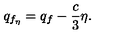
q _ { f _ { \eta } } = q _ { f } - { \frac { c } { 3 } } \eta .